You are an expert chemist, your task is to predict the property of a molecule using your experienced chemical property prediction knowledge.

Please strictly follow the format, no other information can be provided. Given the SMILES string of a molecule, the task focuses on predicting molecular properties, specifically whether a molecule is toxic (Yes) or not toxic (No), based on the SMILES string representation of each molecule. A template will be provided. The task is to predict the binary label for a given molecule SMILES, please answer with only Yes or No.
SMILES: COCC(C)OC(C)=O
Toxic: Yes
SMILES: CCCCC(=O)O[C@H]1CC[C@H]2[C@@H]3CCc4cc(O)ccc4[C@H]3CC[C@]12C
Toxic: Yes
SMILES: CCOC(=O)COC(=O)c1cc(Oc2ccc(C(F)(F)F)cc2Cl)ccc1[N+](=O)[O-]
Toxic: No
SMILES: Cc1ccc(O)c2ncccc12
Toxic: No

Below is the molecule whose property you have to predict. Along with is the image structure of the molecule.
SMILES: CC(=O)Nc1ccc(C(=O)O)cc1
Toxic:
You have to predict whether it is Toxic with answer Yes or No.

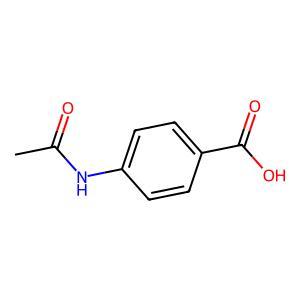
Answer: No